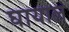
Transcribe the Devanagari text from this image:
घायाल